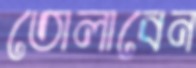
তোলাবেন